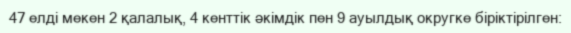
47 елді мекен 2 қалалық, 4 кенттік әкімдік пен 9 ауылдық округке біріктірілген: